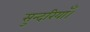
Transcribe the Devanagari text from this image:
सुन्दरियाँ।